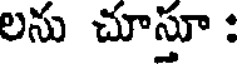
లను చూస్తూ :